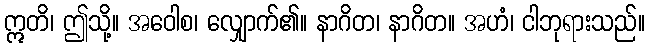
ဣတိ၊ ဤသို့။ အဝေါစ၊ လျှောက်၏။ နာဂိတ၊ နာဂိတ။ အဟံ၊ ငါဘုရားသည်။